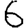
Digit: 6